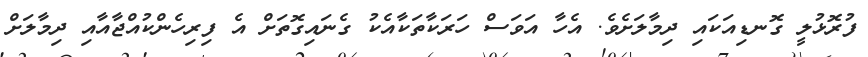
ފުރޮޅުލީ ގޮނޑިއަކައި ދިމާލަށެވެ. އެހާ އަވަސް ހަރަކާތަކާއެކު ގެނައިގޮތަށް އެ ފިރިހެންކުއްޖާއާއި ދިމާލަށް